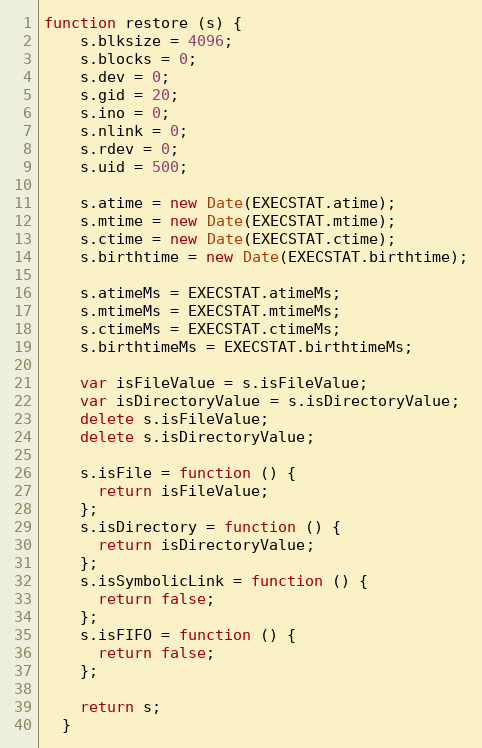
Language: JavaScript
function restore (s) {
    s.blksize = 4096;
    s.blocks = 0;
    s.dev = 0;
    s.gid = 20;
    s.ino = 0;
    s.nlink = 0;
    s.rdev = 0;
    s.uid = 500;

    s.atime = new Date(EXECSTAT.atime);
    s.mtime = new Date(EXECSTAT.mtime);
    s.ctime = new Date(EXECSTAT.ctime);
    s.birthtime = new Date(EXECSTAT.birthtime);

    s.atimeMs = EXECSTAT.atimeMs;
    s.mtimeMs = EXECSTAT.mtimeMs;
    s.ctimeMs = EXECSTAT.ctimeMs;
    s.birthtimeMs = EXECSTAT.birthtimeMs;

    var isFileValue = s.isFileValue;
    var isDirectoryValue = s.isDirectoryValue;
    delete s.isFileValue;
    delete s.isDirectoryValue;

    s.isFile = function () {
      return isFileValue;
    };
    s.isDirectory = function () {
      return isDirectoryValue;
    };
    s.isSymbolicLink = function () {
      return false;
    };
    s.isFIFO = function () {
      return false;
    };

    return s;
  }